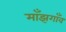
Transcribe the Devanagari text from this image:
माँझगाँव